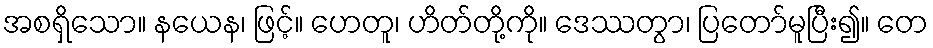
အစရှိသော။ နယေန၊ ဖြင့်။ ဟေတူ၊ ဟိတ်တို့ကို။ ဒေဿတွာ၊ ပြတော်မူပြီး၍။ တေ